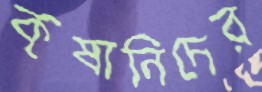
কৃষানিদের